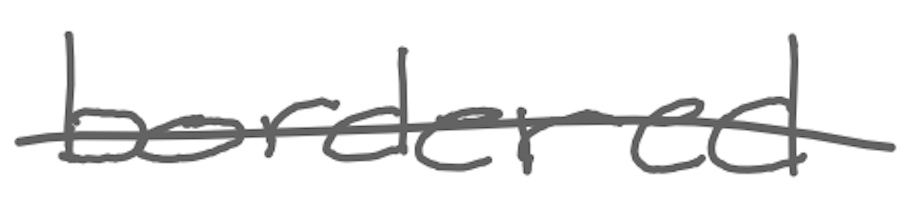
Text: bordered
Cross-out: single-line
Writing tool: digital_gray